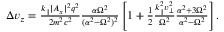
\begin{array} { r } { \Delta v _ { z } = \frac { k _ { \parallel } | A _ { x } | ^ { 2 } q ^ { 2 } } { 2 m ^ { 2 } c ^ { 2 } } \frac { \alpha \Omega ^ { 2 } } { ( \alpha ^ { 2 } - \Omega ^ { 2 } ) ^ { 2 } } \left[ 1 + \frac { 1 } { 2 } \frac { k _ { \parallel } ^ { 2 } v _ { \perp } ^ { 2 } } { \Omega ^ { 2 } } \frac { \alpha ^ { 2 } + 3 \Omega ^ { 2 } } { \alpha ^ { 2 } - \Omega ^ { 2 } } \right] . } \end{array}